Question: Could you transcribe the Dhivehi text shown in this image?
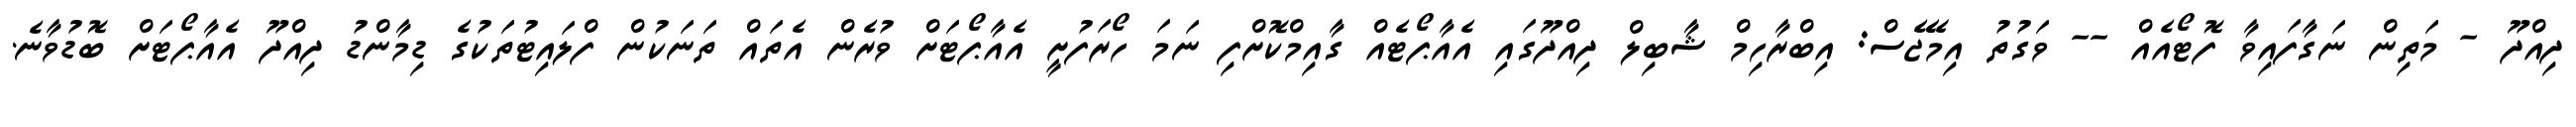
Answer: ދިއްދޫ - މަތިން ނަގާފައިވާ ފޮޓޯއެއް -- ވަގުތު އިމޭޖެސް: އިބްރާހިމް ޝާބިލް ދިއްދޫގައި އެއާޕޯޓެއް ގާއިމްކޮށްފި ނަމަ ހޯރަފުށީ އެއާޕޯޓަށް ވުރެން އެތައް ތަނަކުން ފްލައިޓުތަކުގެ ޑިމާންޑު ދިއްދޫ އެއާޕޯޓަށް ބޮޑުވާނެ.